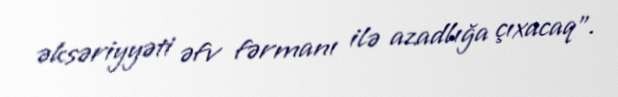
əksəriyyəti əfv fərmanı ilə azadlığa çıxacaq”.